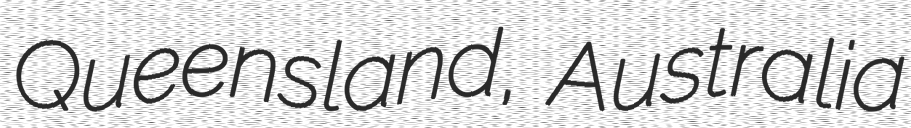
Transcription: Queensland, Australia